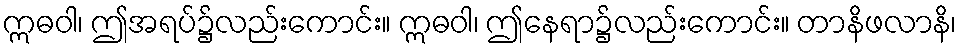
ဣဓဝါ၊ ဤအရပ်၌လည်းကောင်း။ ဣဓဝါ၊ ဤနေရာ၌လည်းကောင်း။ တာနိဖလာနိ၊